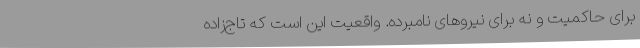
برای حاکمیت و نه برای نیروهای نامبرده. واقعیت این است که تاج‌زاده